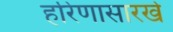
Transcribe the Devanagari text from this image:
हरिणासारखे